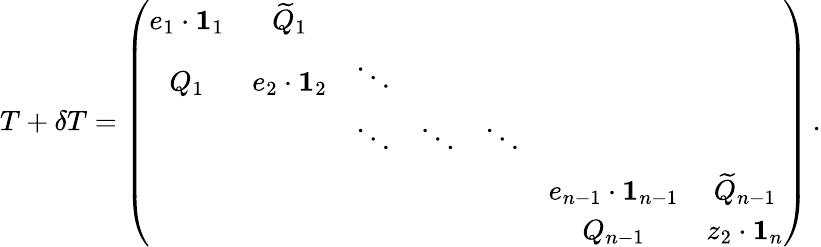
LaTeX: T+\delta T=\left(\begin{array}{ccccccc}{e_{1}\cdot\mathbf{1}_{1}}&{\widetilde{Q}_{1}}&&&&\\ {Q_{1}}&{e_{2}\cdot\mathbf{1}_{2}}&{\ddots}&&&\\ &&{\ddots}&{\ddots}&{\ddots}&&\\ &&&&&{e_{n-1}\cdot\mathbf{1}_{n-1}}&{\widetilde{Q}_{n-1}}\\ &&&&&{Q_{n-1}}&{z_{2}\cdot\mathbf{1}_{n}}\end{array}\right)\, .